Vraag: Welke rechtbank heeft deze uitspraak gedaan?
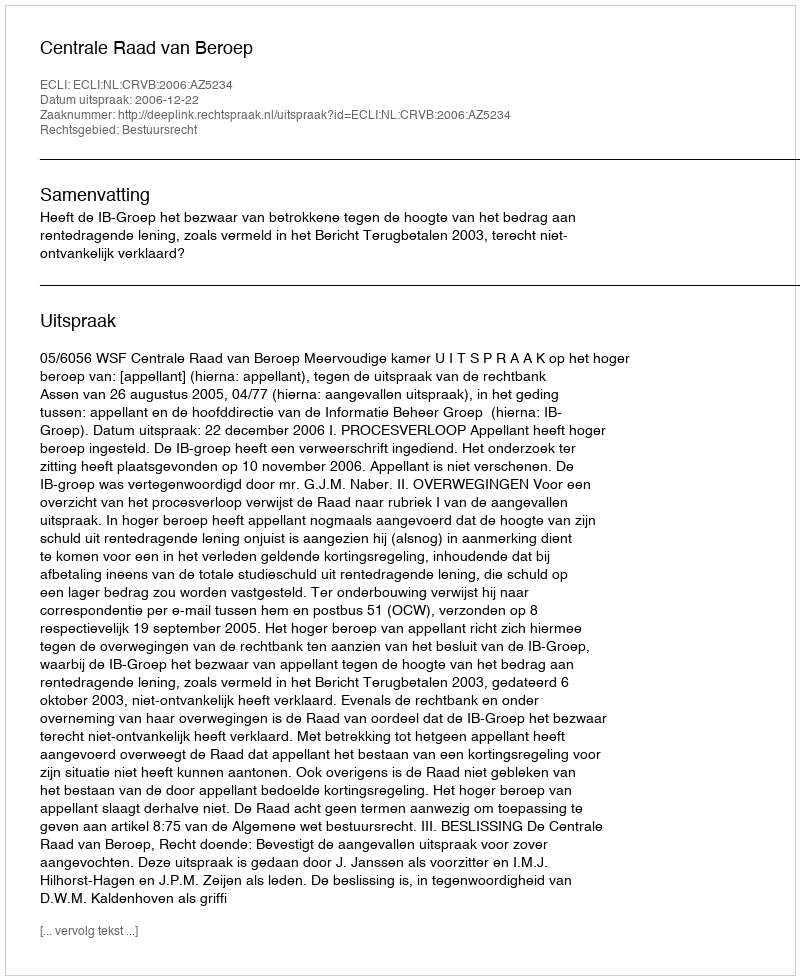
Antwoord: Centrale Raad van Beroep